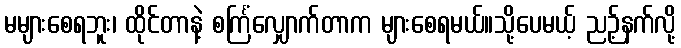
မများစေရဘူး၊ ထိုင်တာနဲ့ စင်္ကြံလျှောက်တာက များစေရမယ်။သို့ပေမယ့် ညဉ့်နက်လို့